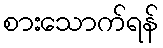
စားသောက်ရန်